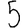
Digit: 5